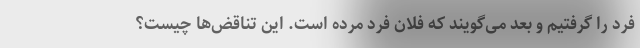
فرد را گرفتیم و بعد می‌گویند که فلان فرد مرده است. این تناقض‌ها چیست؟